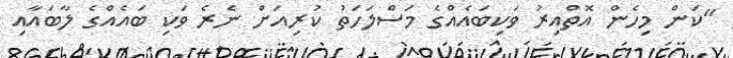
"ކަން މިހެން އޮތްއިރު ވަކިބައެއްގެ މަސްލަހަތު ކުރިއަށް ނެރެ ވަކި ބައެއްގެ ލާބައާއި